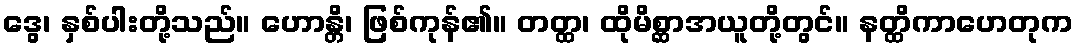
ဒွေ၊ နှစ်ပါးတို့သည်။ ဟောန္တိ၊ ဖြစ်ကုန်၏။ တတ္ထ၊ ထိုမိစ္ဆာအယူတို့တွင်။ နတ္ထိကာဟေတုက